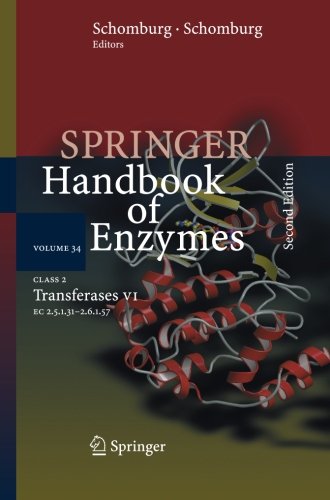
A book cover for Class 2 Transferases VII: EC 2.5.1.31 - 2.6.1.57 (Springer Handbook of Enzymes); Medical Books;